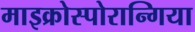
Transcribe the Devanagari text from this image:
माइक्रोस्पोरान्गिया